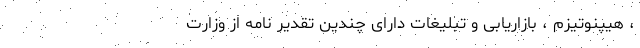
، هیپنوتیزم ، بازاریابی و تبلیغات دارای چندین تقدیر نامه از وزارت